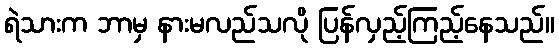
ရဲသားက ဘာမှ နားမလည်သလို ပြန်လှည့်ကြည့်နေသည်။